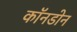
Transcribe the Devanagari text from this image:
कॉनडोन